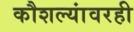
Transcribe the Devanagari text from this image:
कौशल्यांवरही